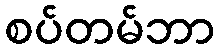
စပ်တမ်ဘာ